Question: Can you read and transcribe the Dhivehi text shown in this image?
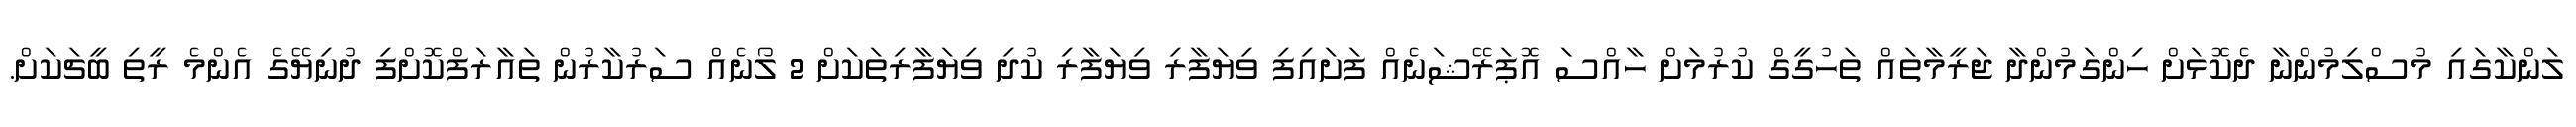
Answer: ލަންކާގައި މުސްލިމުންނާ ދެކޮޅަށް ހިންގަމުންދާ ޖަރީމާތައް ތަހުގީގް ކުރުމަށް ހާއްސަ އޮޕަރޭޝަނެއް ފަށައިފި ވިޔަފާރި ވިޔަފާރި ކުދި ވިޔަފާރިތަކަށް 2 ލޯނެއް ސަރުކާރުން ތައާރަފްކޮށްފި ދުނިޔޭގެ އެންމެ ރީތި ބީޗަކަށް.